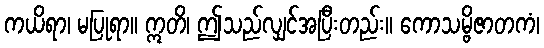
ကယိရာ၊ မပြုရာ။ ဣတိ၊ ဤသည်လျှင်အပြီးတည်း။ ကောသမ္ဗိဇာတကံ၊